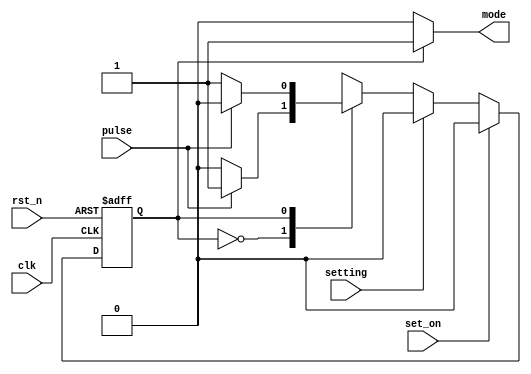
`timescale 1ns / 1ps
//////////////////////////////////////////////////////////////////////////////////
// Company: 
// Engineer: 
// 
// Design Name: 
// Module Name: FSM
// Project Name: 
// Target Devices: 
// Tool Versions: 
// Description: 
// 
// Dependencies: 
// 
// Revision:
// Revision 0.01 - File Created
// Additional Comments:
// 
//////////////////////////////////////////////////////////////////////////////////



`define STATE_START 1
`define STATE_PAUSE 0
`define MODE_START 1
`define MODE_PAUSE 0
     
module FSM(
    input pulse,
    input clk,
    input rst_n,
    input setting,
    input set_on,
    output reg mode
);

reg next_state;
reg state;     

always@*  begin
    if (state == `STATE_START) 
        mode <= `MODE_START;
    else mode <= `MODE_PAUSE;
    if(~setting) begin          
        case (state)
            `STATE_PAUSE:  begin
                if (pulse)
                    next_state <= `STATE_START;
                else next_state <= `STATE_PAUSE;
            end
            `STATE_START: begin
                if (pulse)
                    next_state <= `STATE_PAUSE;
                else next_state <= `STATE_START;
            end
            default next_state <= `STATE_PAUSE;
        endcase
    end
    
    else next_state <= `STATE_PAUSE;
    end
    
always@(posedge clk or negedge rst_n)
    if (~rst_n)  state <= `STATE_PAUSE;
    else if (set_on) state <= `STATE_PAUSE;
    else state <= next_state;

endmodule